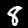
Label: 8